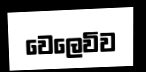
වෙලෙවිව